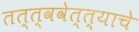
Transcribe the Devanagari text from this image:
तत्त्ववेत्त्याचे